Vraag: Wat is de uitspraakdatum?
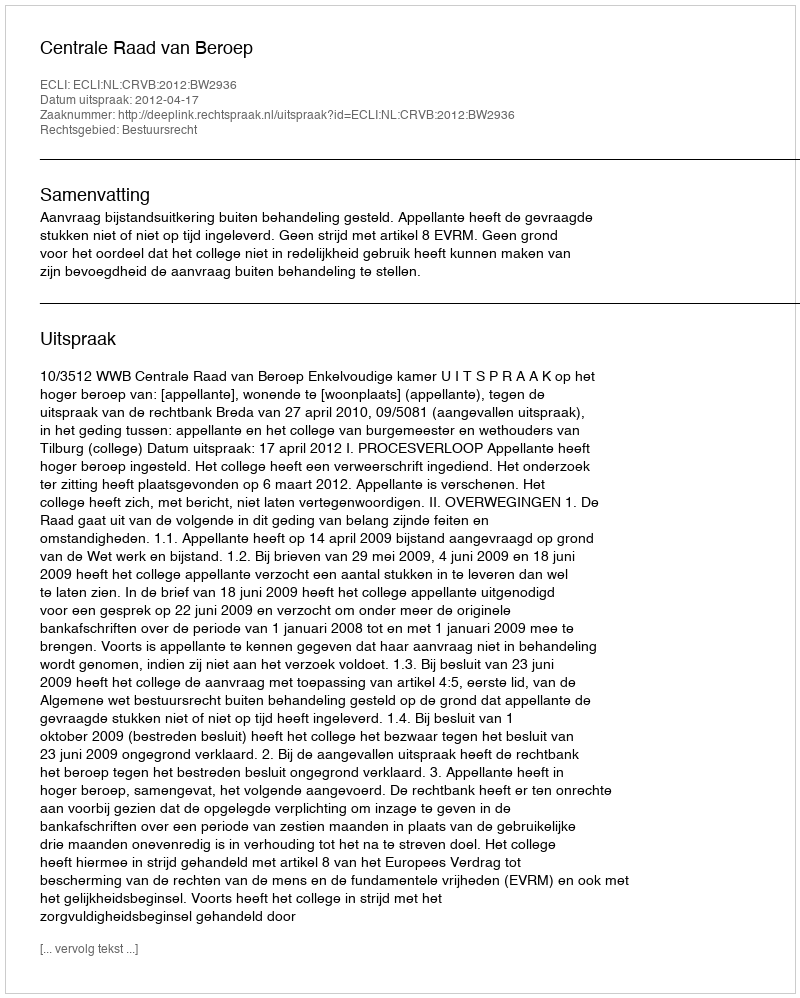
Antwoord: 2012-04-17